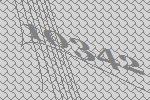
10342